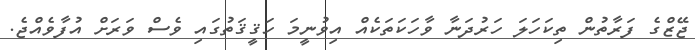
ޖޭޒްގެ ފަރާތުން ތިކަހަލަ ހަރުދަނާ ވާހަކަތަކެއް އިވުނީމަ ހަޤީޤަތުގައި ވެސް ވަރަށް އުފާވެއްޖެ.